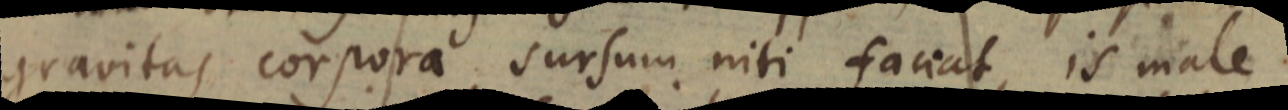
gravitas corpora sursum niti faciat, is male